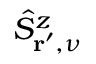
\hat { S } _ { \mathbf { r } ^ { \prime } , \nu } ^ { z }